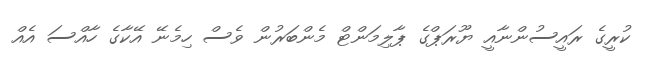
ކުރީގެ ރައީސުންނާއީ ޔޫރަޕްގެ ޕާލިމަންޓް މެންބަރުން ވެސް ހިމެނޭ އޭކާގެ ހާއްސަ އެއް